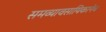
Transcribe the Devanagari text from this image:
समव्यावसायिकानेच